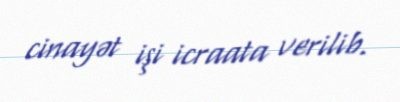
cinayət işi icraata verilib.